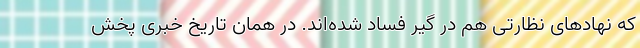
که نهادهای نظارتی هم در گیر فساد شده‌اند. در همان تاریخ خبری پخش